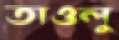
তাওলু